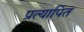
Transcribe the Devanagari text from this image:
प्रत्यापित